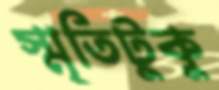
স্মৃতিটুকু